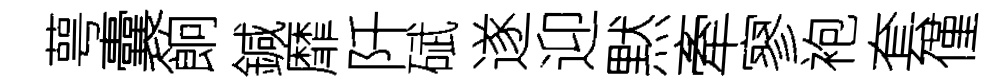
萼囊餉鍼靡阡碔遂迎黙牽寥袍套僅